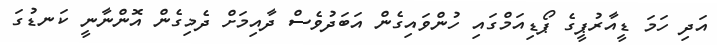
އަދި ހަމަ ޑީއާރުޕީގެ ޕޯޑިއަމްގައި ހުންވައިގެން އަބަދުވެސް ދާއިމަށް ދެމިގެން އޮންނާނީ ކަނޑުގަ